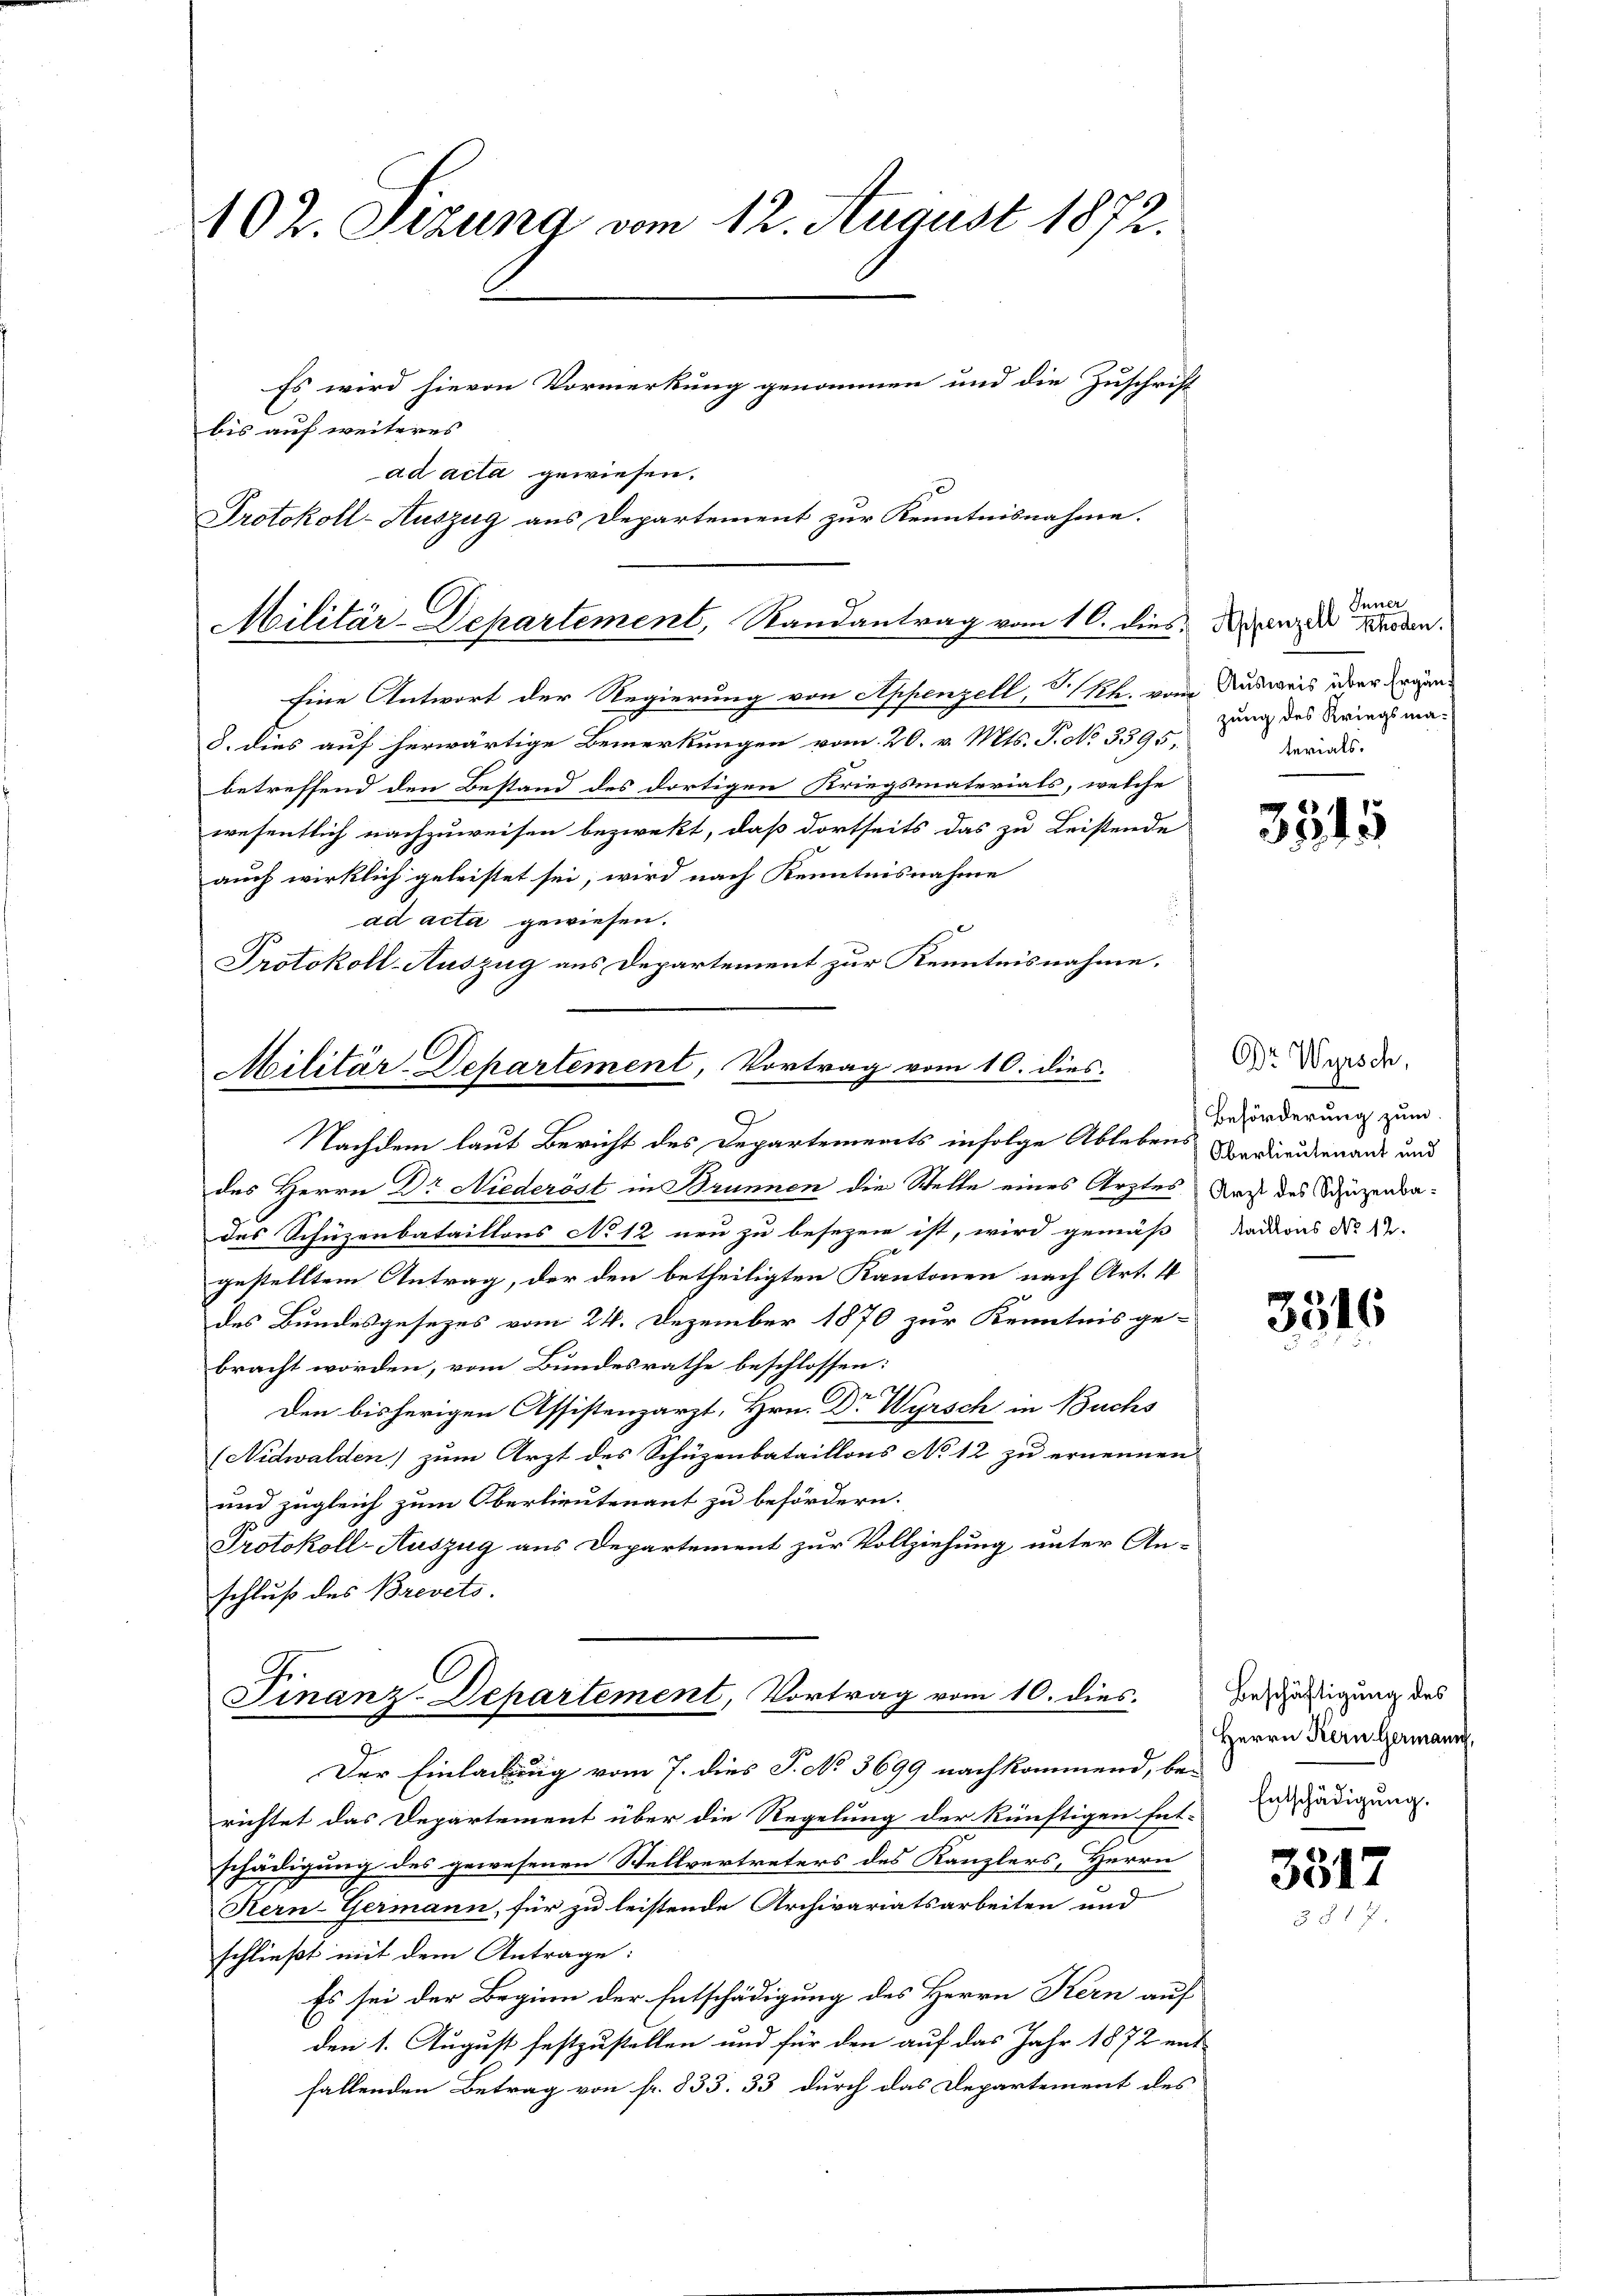
102. Sizung vom 12. August 1872.
Es wird hievon Vormerkung genommen und die Zuschrift
bis auf weiteres
ad acta gewiesen.
Protokoll-Auszug aus Departement zur Kenntnisnahme.

Militär-Departement, Randantrag vom 16. dies dienze Werden.

Eine Antwort der Regierung von Appenzell, V. Rh. vom Ausweis über Ergän¬
8. dies auf herwärtige Bemerkungen vom 20. v. Mts. P. N. 3395,
betreffend den Bestand des dortigen Kriegsmaterials, welche
wesentlich nachzuweisen bezwekt, daß dortseits das zu Leistende
auch wirklich geleistet sei, wird nach Kenntnisnahme
ad acta gewiesen.
Protokoll-Auszug aus Departement zur Kenntnisnahme.

Militär-Departement, Vortrag vom 10. dies
.
Nachdem laut Bericht des Departements infolge Ablebens Verleutenaus und

Finanz-Departement, Vortrag vom 10. dies

Gurrer
zung des Kriegsmaterials.

des Herrn Dr Niederöst in Brunnen die Stelle eines Arztes Nach des Schüzenbades Schüzenbataillons No 12 neu zu besezen ist, wird gemäß dations No 12.
gestelltem Antrag, der den betheiligten Kantonen nach Art. 4
des Bundesgesezes vom 24. Dezember 1870 zur Kenntnis ge-
bracht worden, vom Bundesrathe beschlossen:
Den bisherigen Assistenzarzt, Hrn. Dr Wyrsch in Buchs
(Nidwalden) zum Arzt des Schüzenbataillons No 12 zu ernennen
und zugleich zum Oberlieutenant zu befördern.
Protokoll-Auszug aus Departement zur Vollziehung unter An-
schluß des Brevets.

Der Einladung vom 7. dies J. No 3699 nachkommend, be-
richtet das Departement über die Regelung der künftigen Ent-
schädigung des gewesenen Stellvertreters des Kanzlers, Herrn
Kern-Germann, für zu leistende Archivariatsarbeiten und
schließt mit dem Antrage:
Es sei der Beginn der Entschädigung des Herrn Kern auf
den 1. August festzustellen und für den auf das Jahr 1872 ent
fallenden Betrag von fr. 833. 33 durch das Departement des

3545

Dr Wyrsch,
Beförderung zum

3516

Beschäftigung des
Herrn Kern Germann,
Entschädigung.

3517